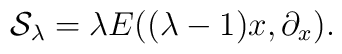
{\cal S}_{\lambda}= \lambda E((\lambda-1)x,\partial_x).